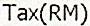
TAX(RM)